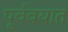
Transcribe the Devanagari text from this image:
पूर्ववयात